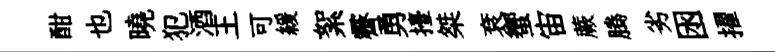
酣也曉犯酒王可緩絮霽勇擡桀袞蠁宙蕨腾劣囦擢